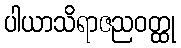
ပါယာသိရာဇညဝတ္ထု